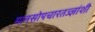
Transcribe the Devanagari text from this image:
मानसोपचारतज्ज्ञांशी